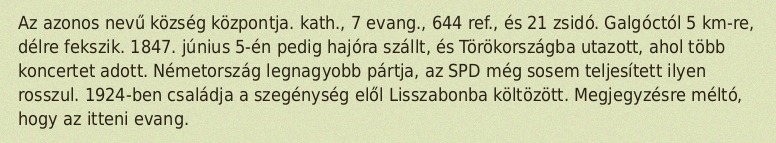
Az azonos nevű község központja. kath., 7 evang., 644 ref., és 21 zsidó. Galgóctól 5 km-re, délre fekszik. 1847. június 5-én pedig hajóra szállt, és Törökországba utazott, ahol több koncertet adott. Németország legnagyobb pártja, az SPD még sosem teljesített ilyen rosszul. 1924-ben családja a szegénység elől Lisszabonba költözött. Megjegyzésre méltó, hogy az itteni evang.